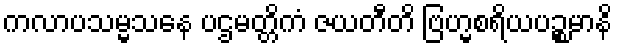
ကလာပသမ္မသနေ ပဌမတ္တိကံ ဇယတီတိ ဗြဟ္မစရိယပဉ္စမာနိ